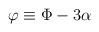
LaTeX: \begin{align*}\varphi \equiv \Phi -3\alpha\end{align*}